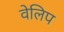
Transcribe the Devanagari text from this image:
वेलिप